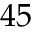
4 5